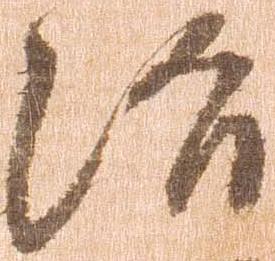
治